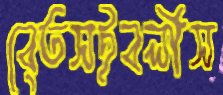
বেতসইবলীস